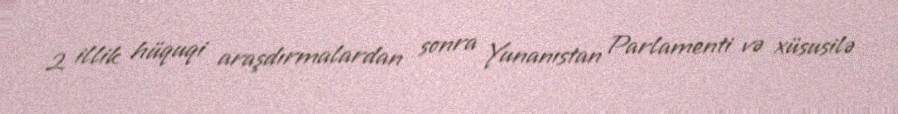
2 illik hüquqi araşdırmalardan sonra Yunanıstan Parlamenti və xüsusilə